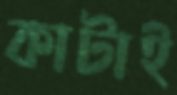
কাটাই